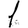
Digit: 1